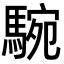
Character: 𩣵